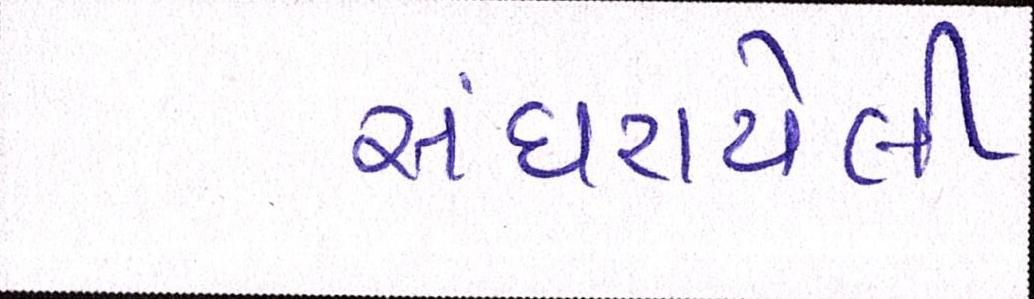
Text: સંઘરાયેલી